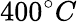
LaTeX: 400^{\circ}C